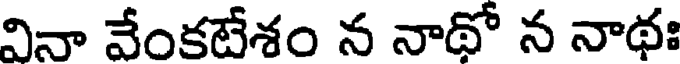
వినా వేంకటేశం న నాథో న నాథః